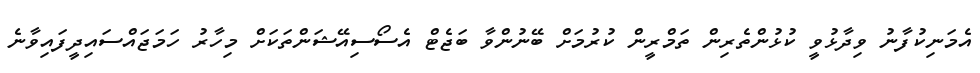
އެމަނިކުފާނު ވިދާޅުވީ ކުޅުންތެރިން ތަމްރީން ކުރުމަށް ބޭނުންވާ ބަޖެޓް އެސޯސިއޭޝަންތަކަށް މިހާރު ހަމަޖައްސައިދީފައިވާނެ